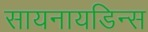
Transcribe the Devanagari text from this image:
सायनायडिन्स